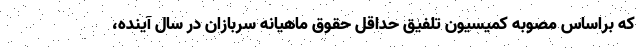
که براساس مصوبه کمیسیون تلفیق حداقل حقوق ماهیانه سربازان در سال آینده،